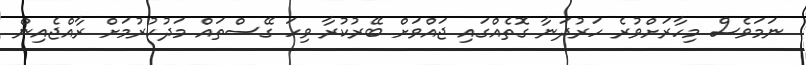
ނަމަވެސް މިހާރަށްވުރެ ހަރުދަނާ ގޮތެއްގައި ޖައްވަށް ބޭރުކުރާ ވިހަ ގޭސްތައް މަދުކުރުމަށް ރާއްޖެއިން